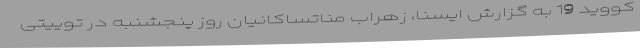
کووید 19 به گزارش ایسنا، زهراب مناتساکانیان روز پنجشنبه در توییتی